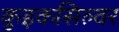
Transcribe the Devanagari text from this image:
कुइकसिल्वर